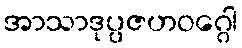
အာသာဒုပ္ပဇဟဝဂ္ဂေါ